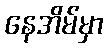
နေအိမ်မှာ